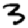
Digit: 3